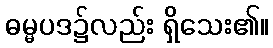
ဓမ္မပဒ၌လည်း ရှိသေး၏။